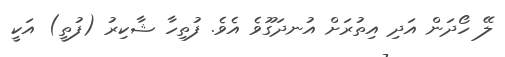
ލޭ ހޯދަން އަދި އިތުރަށް އުނދަގޫވެ އެވެ. ފުތިހާ ޝާކިރު (ފުތީ) އަކީ